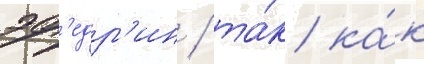
эф'едр'ин / та́к ка́к